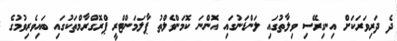
ދެ ދަރިވަރަކަށް އިނގިރޭސި ވިލާތުގައި ލަންޑަނުގައި އޮންނަ ކޮމަންވެލްތު ޕާލަމަންޓްރީ ޕްރޮގްރާމްތަކުގައި ބައިވެރިވުމުގެ